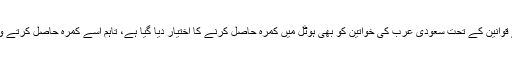
ساتھ ہی کمیشن نے واضح کیا کہ نئے قوانین کے تحت سعودی عرب کی خواتین کو بھی ہوٹل میں کمرہ حاصل کرنے کا اختیار دیا گیا ہے، تاہم اسے کمرہ حاصل کرتے وقت اپنی شناخت ظاہر کرنی پڑے گی۔